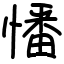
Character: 憣